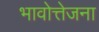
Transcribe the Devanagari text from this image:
भावोत्तेजना